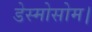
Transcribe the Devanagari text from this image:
डेस्मोसोम।